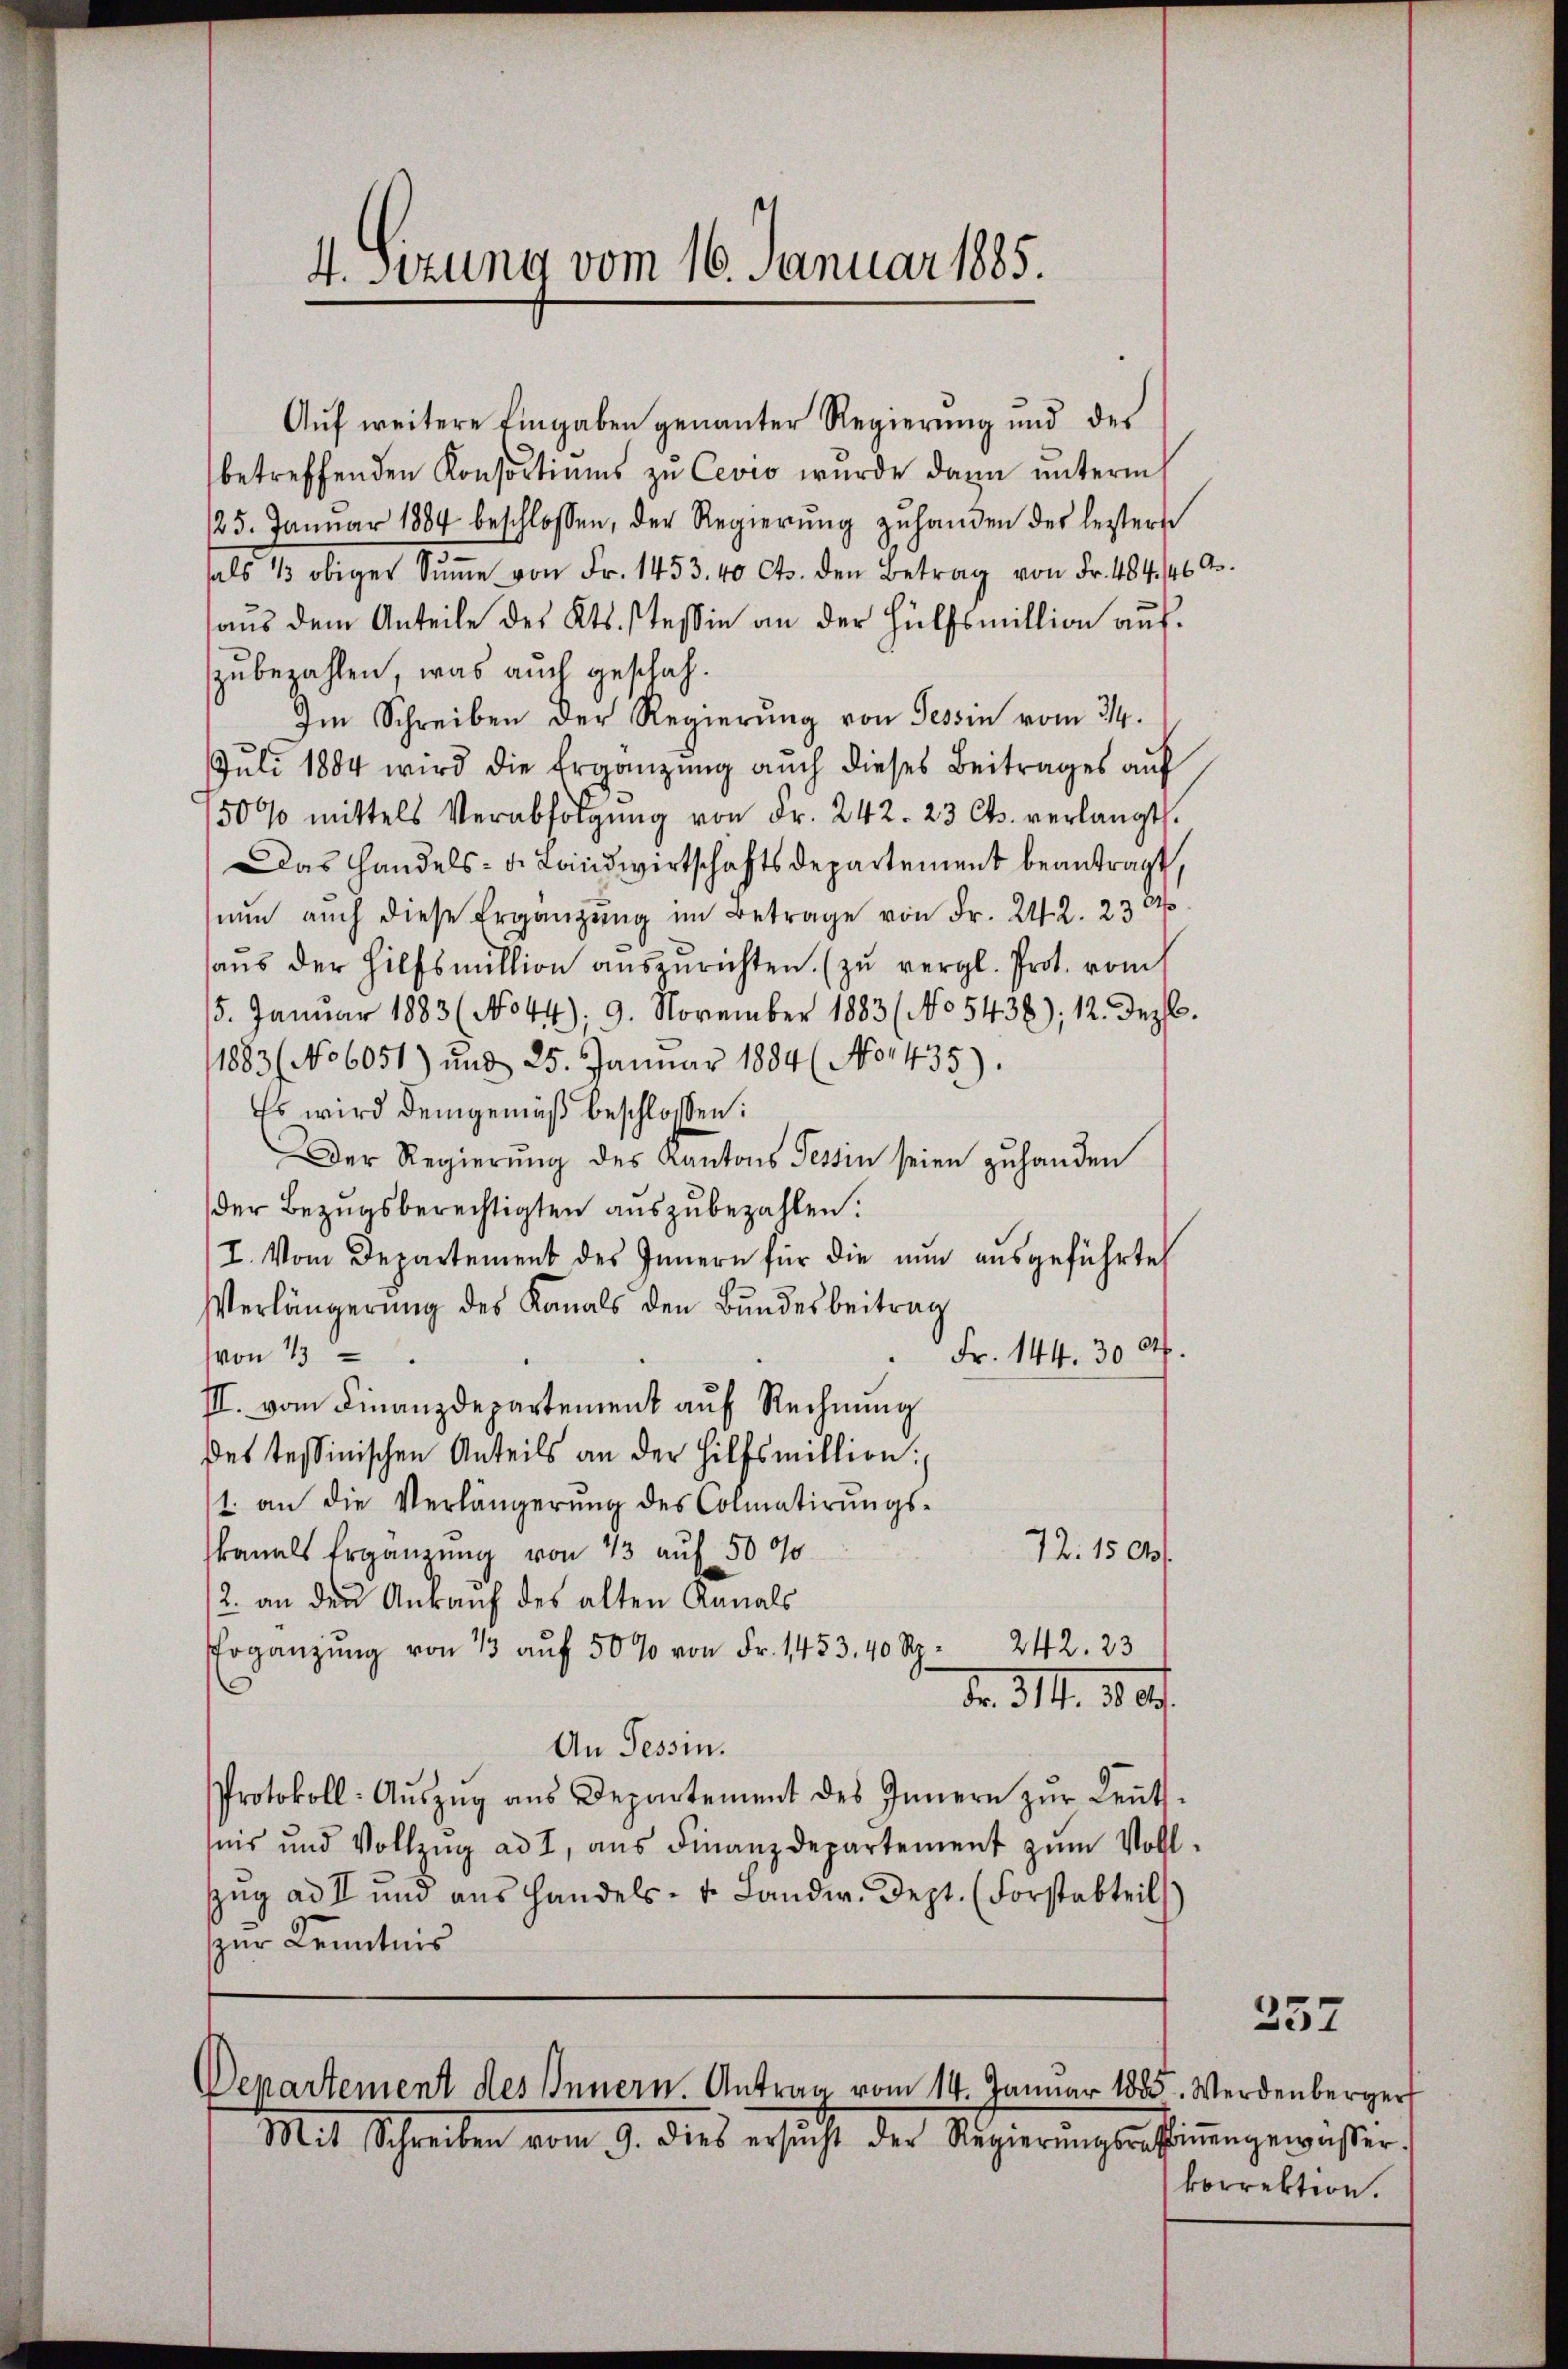
4. sezung vom 16. Januar 1885.

Auf weitere Eingaben genannter Regierung und des
betreffenden Konsortiums zu Cevio wurde dann unterm
(25. Janŭar 1884 beschlossen, der Regierŭng zŭ handen des leztere
als 1/3 obiger Sŭṁe von Fr. 1453. 40 Cts. den Betrag von Fr. 484. 462.
aŭs dem Anteile des Kts. Tessin an der Hülfsmillion aŭf
zubezahlen, was auch geschah.
Im Schreiben der Regierung von Tessin vom 314.
Juli 1884 wird die Ergänzung auch dieses Beitrages auf
50% mittels Verabfolgung von Fr. 242. 23 Cts. verlangt.
Das Handels- u. Landwirtschaftsdepartement beantragt,
nŭn auch diese Ergänzŭng im Betrage von Fr. 242. 230
haŭs der Hilfsmittion auszurichten. (zu vergl. Prot. vom
15. Januar 1883 (No 44), 9. November 1883 (No 5436); 12. Dez.
1883 No 6051) und 25. Januar 1884 (No 1435).
Es wird demgemäß beschlossen:
Der Regierŭng des Kantons Tessin seien zŭ handen
der Bezugsberechtigten auszubezahlen.
I. Vom Departement des Innern für die nŭn aŭsgeführte
Verlängerŭng des Kanals den Bŭndesbeitrag
Fr. 144. 304.
von 1
III. vom Finanzdepartement auf Rechnung
des Tessinischen Anteils an der Hilfsmittion:
1. an die Verlängerŭng des Colmatirŭngs-
kanals Ergänzung von 13 auf 5000
72. 150
2. an den Ankauf des alten Kanals
Pogänzung von 13 auf 50 % von Fr. 1453. 40 Kr. 242. 23
d. d. 1. 280.
An Tessin.
Protokoll-Aŭszŭg aŭs Departement des Innern zŭr Leŭts-
seis und Vollzŭg ad I, aŭs Finanzdepartement zŭm Voll-
zŭg ad II und ans Handels- u. Landw. Sept. (Forstabteils)
zur Kenntnis

Departement des Innern. Antrag vom 14. Januar 1805. Werdenberger
Mit Schreiben vom 9. dies ersŭcht der Regierŭngsrattingewässer.

257

korrektion.